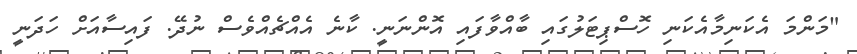
"މަންމަ އެކަނިމާއެކަނި ހޮސްޕިޓަލުގައި ބާއްވާފައި އޮންނަނީ. ކާނެ އެއްޗެއްވެސް ނުދޭ. ފައިސާއަށް ހަދަނީ